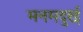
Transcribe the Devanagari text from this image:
मनमदुरई